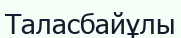
Таласбайұлы